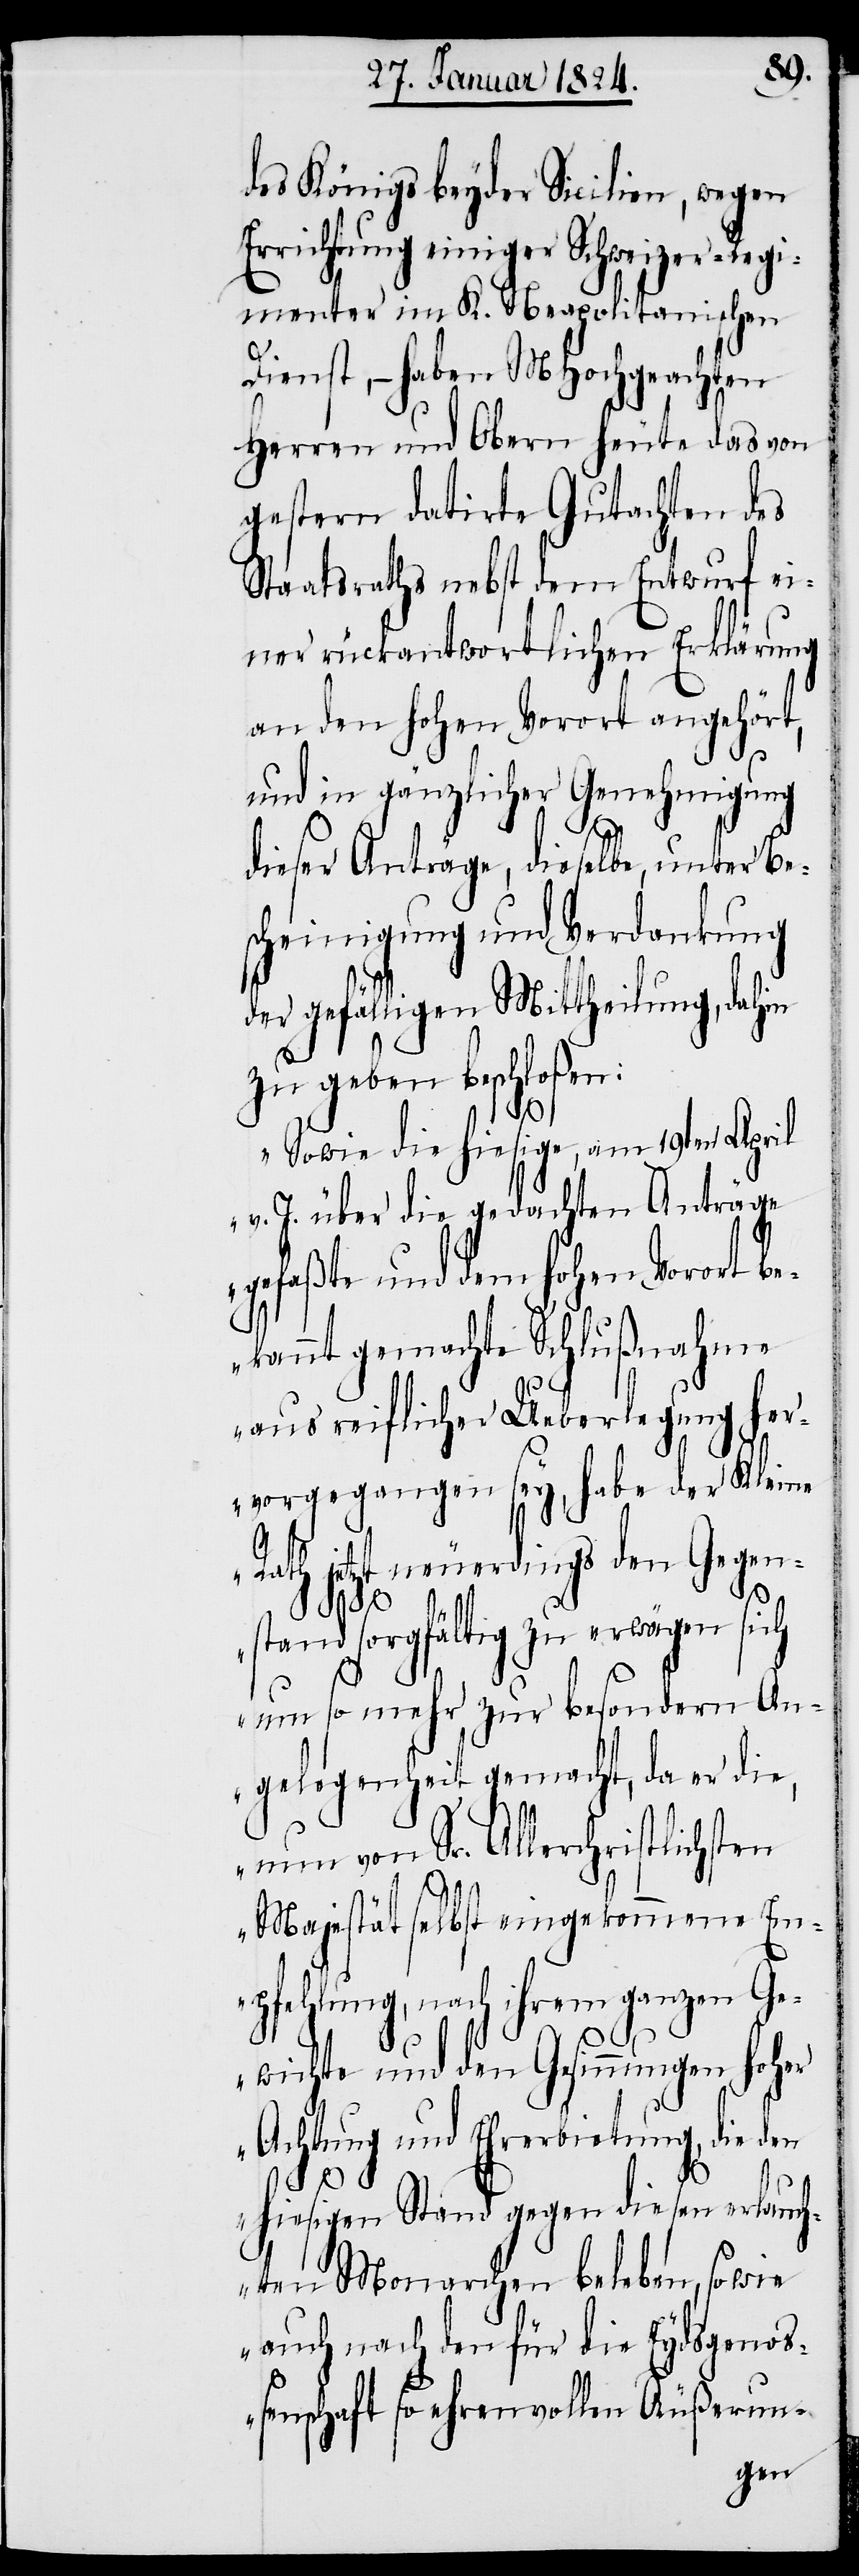
des Königs beyder Sicilien, wegen
Errichtung einiger Schweizer Regi¬
menter im K. Neapolitanischen
Dienst, – haben MHochgeachten
Herren und Obern heute das von
gestern datirte Gutachten des
Staatsraths nebst dem Entwurf ei¬
ner rückantwortlichen Erklärung
an den hohen Vorort angehört,
und in gänzlicher Genehmigung
dieser Anträge, dieselbe, unter Be¬
scheinigung und Verdankung
der gefälligen Mittheilung, dahin
zu geben beschloßen:
„Sowie die hiesige, am 19ten April
v. J. über die gedachten Anträge
gefaßte und dem hohen Vorort be¬
kannt gemachte Schlußnahme
aus reiflicher Ueberlegung her¬
vorgegangen sey, habe der Kleine
Rath jetzt neuerdings den Gegen¬
stand sorgfältig zu erwägen sich
um so mehr zur besondern An¬
gelegenheit gemacht, da er die,
nun von Sr. Allerchristlichsten
Majestät selbst eingekommene Em¬
pfehlung, nach ihrem ganzen Ge¬
wichte und den Gesinnungen hoher
Achtung und Ehrerbietung, die den
hiesigen Stand gegen diesen erlauch¬
ten Monarchen beleben, sowie
auch nach den für die Eydsgenoß¬
enschaft so ehrenvollen Äußerun-